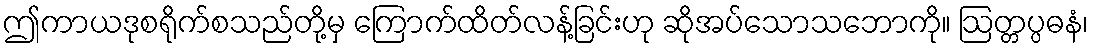
ဤကာယဒုစရိုက်စသည်တို့မှ ကြောက်ထိတ်လန့်ခြင်းဟု ဆိုအပ်သောသဘောကို။ ဩတ္တပ္ပဓနံ၊